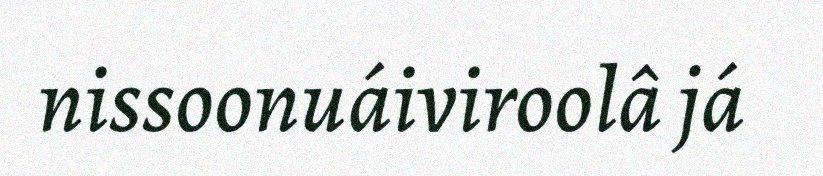
nissoonuáiviroolâ já